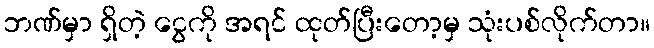
ဘဏ်မှာ ရှိတဲ့ ငွေကို အရင် ထုတ်ပြီးတော့မှ သုံးပစ်လိုက်တာ။